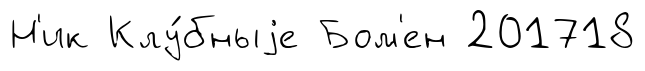
Н'ик Клу́бныjе Бом'ен 201718